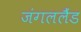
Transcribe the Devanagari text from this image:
जंगललैंड